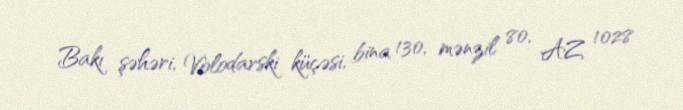
Bakı şəhəri, Volodarski küçəsi, bina 130, mənzil 80, AZ 1028